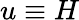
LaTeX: u\equiv H